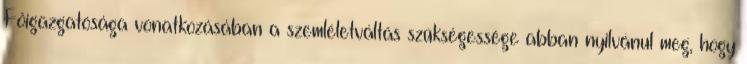
Főigazgatósága vonatkozásában a szemléletváltás szükségessége abban nyilvánul meg, hogy